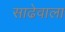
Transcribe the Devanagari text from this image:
साढेवाला